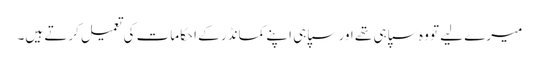
میرے لیے تو وہ سپاہی تھے اور سپاہی اپنے کمانڈر کے احکامات کی تعمیل کرتے ہیں۔